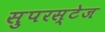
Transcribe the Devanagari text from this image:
सुपरस्टेज